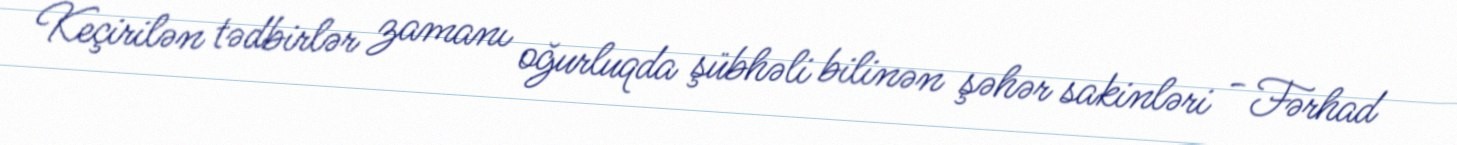
Keçirilən tədbirlər zamanı oğurluqda şübhəli bilinən şəhər sakinləri - Fərhad